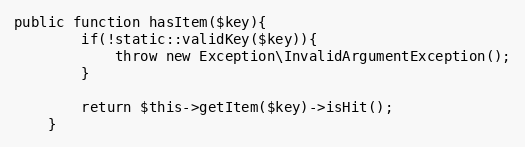
Language: PHP
public function hasItem($key){
        if(!static::validKey($key)){
            throw new Exception\InvalidArgumentException();
        }

        return $this->getItem($key)->isHit();
    }